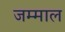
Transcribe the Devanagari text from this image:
जम्माल